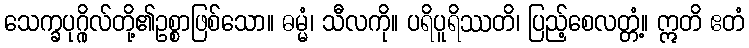
သေက္ခပုဂ္ဂိုလ်တို့၏ဥစ္စာဖြစ်သော။ ဓမ္မံ၊ သီလကို။ ပရိပူရိဿတိ၊ ပြည့်စေလတ္တံ့။ ဣတိ ဧတံ